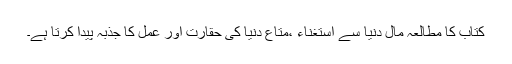
کتاب کا مطالعہ مال دنیا سے استغناء ،متاع دنیا کی حقارت اور عمل کا جذبہ پیدا کرتا ہے۔